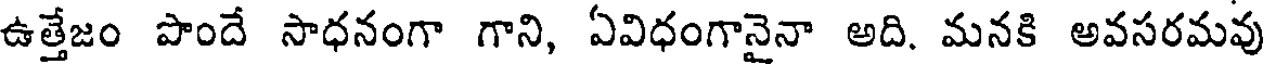
ఉత్తేజం పొందే సాధనంగా గాని, ఏవిధంగానైనా అది. మనకి అవసరమవు